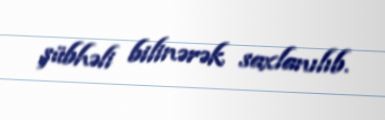
şübhəli bilinərək saxlanılıb.